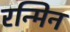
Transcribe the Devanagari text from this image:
रन्मिन